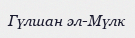
Гүлшан әл-Мүлк